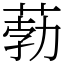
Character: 葧